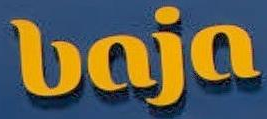
baja